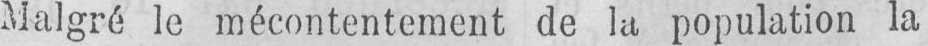
Malgré le mécontentement de la population la